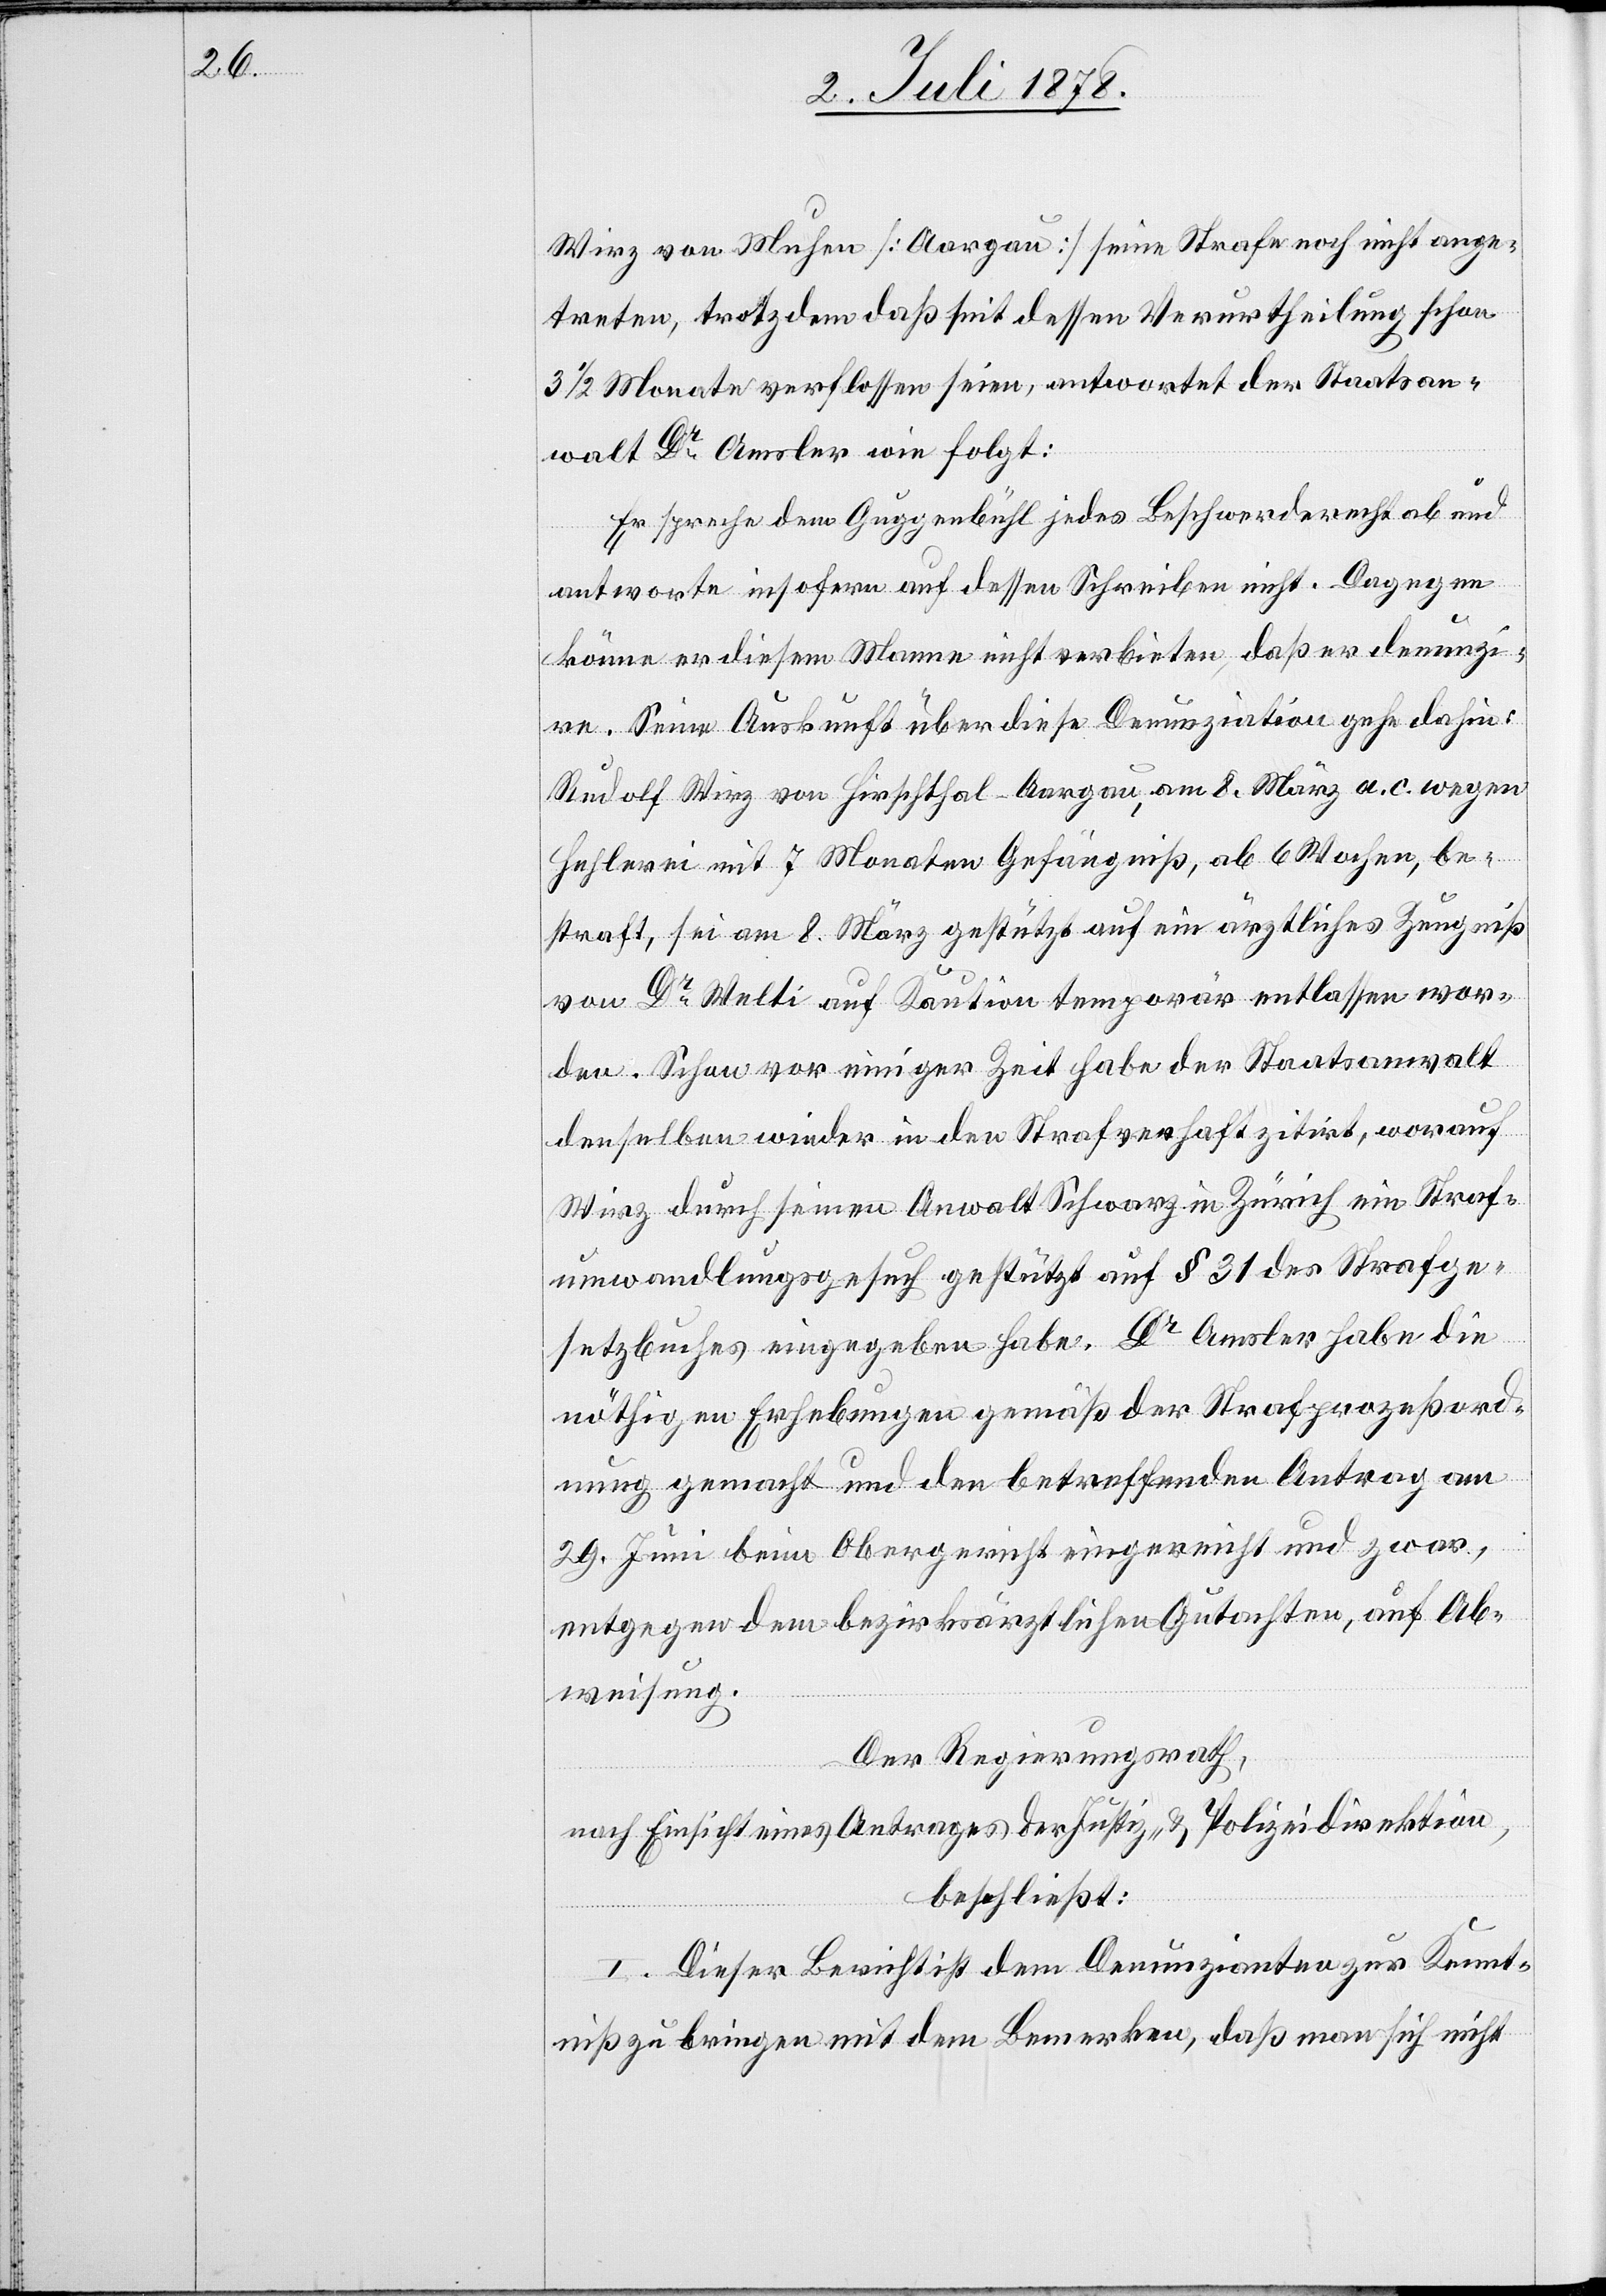
Wirz von Muhen [Aargau] seine Strafe noch nicht ange¬
treten, trotzdem daß seit dessen Verurtheilung schon
3 1/2 Monate verflossen seien, antwortet der Staatsan¬
walt Dr Amsler wie folgt:
Er spreche dem Guggenbühl jedes Beschwerderecht ab und
antworte insofern auf dessen Schreiben nicht. Dagegen
könne er diesem Manne nicht verbieten, daß er denunzi¬
re. Seine Auskunft über diese Denunziation gehe dahin:
Rudolf Wirz von Hirschthal - Aargau, am 8. März a. c. wegen
Hehlerei mit 7 Monaten Gefängniß, ab 6 Wochen, be¬
straft, sei am 8. März gestützt auf ein ärztliches Zeugniß
von Dr Welti auf Kaution temporär entlassen wor¬
den. Schon vor einiger Zeit habe der Staatsanwalt
denselben wieder in den Strafverhaft zitirt, worauf
Wirz durch seinen Anwalt Schwarz in Zürich Straf¬
umwandlungsgesuch gestützt auf § 31 des Strafge¬
setzbuches eingegeben habe. Dr Amsler habe die
nöthigen Erhebungen gemäß der Strafprozessord¬
nung gemacht und den betreffenden Antrag am
29. Juni beim Obergericht eingereicht und zwar,
entgegen dem bezirksärztlichen Gutachten, auf Ab¬
weisung.
Der Regierungsrath,
nach Einsicht eines Antrages der Justiz- & Polizeidirektion,
beschließt:
I. Dieser Bericht ist dem Denunzianten zur Kennt¬
niß zu bringen mit dem Bemerken, daß man sich nicht